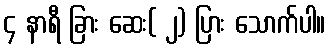
၄ နာရီ ခြား ဆေး( ၂) ပြား သောက်ပါ။